Report on vaccination North-West Frontier Province 1904-1922 - 1904-1922
Year: 1904
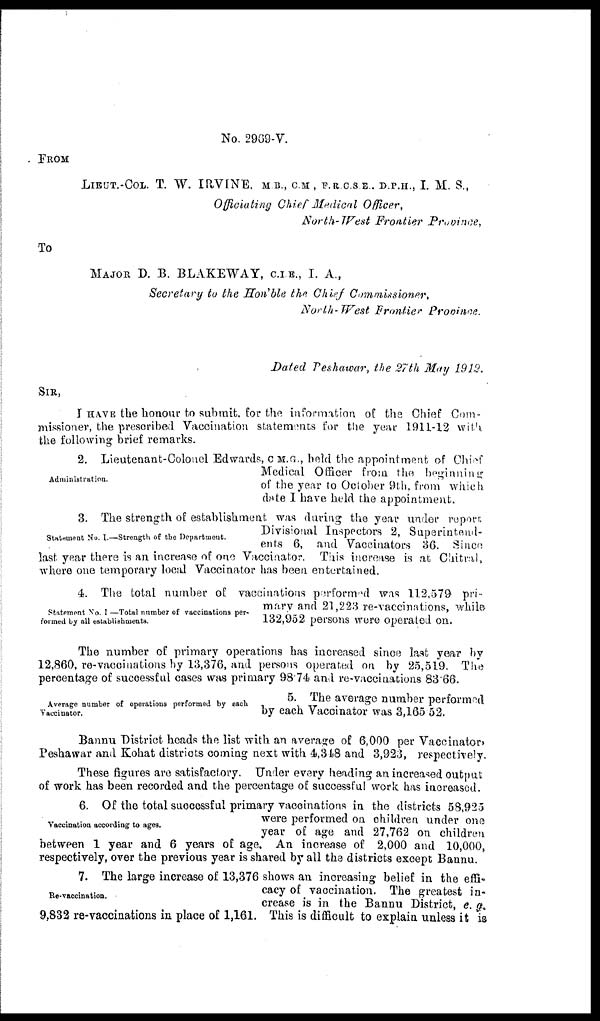
No. 2969-V.
FROM
LIEUT.-COL. T. W. IRVINE, M.B., C.M, F.R.C.S.E. D.P.H., I. M. S.,
Officiating Chief Medical Officer,
North-West Frontier Province,
To
MAJOR D. B. BLAKEWAY, C.I.E., I. A.,
Secretary to the Hon'ble the Chief Commissioner,
North-West Frontier Province.
Dated Peshawar, the 27th May 1912.
SIR,
I HAVE the honour to submit, for the information of the Chief Com-
missioner, the prescribed Vaccination statements for the year 1911-12 with
the following brief remarks.
Administration.
2. Lieutenant-Colonel Edwards, C.M.G., held the appointment of Chief
Medical Officer from the beginning
of the year to October 9th, from which
date I have held the appointment.
Statement No. I.—Strength of the Department.
3. The strength of establishment was during the year under report
Divisional Inspectors 2, Superintend-
ents 6, and Vaccinators 36. Since
last year there is an increase of one Vaccinator. This increase is at Chitral,
where one temporary local Vaccinator has been entertained.
Statement No. I —Total number of vaccinations per-
formed by all establishments.
4. The total number of vaccinations performed was 112,579 pri-
mary and 21,223 re-vaccinations, while
132,952 persons were operated on.
The number of primary operations has increased since last year by
12,860, re-vaccinations by 13,376, and persons operated on by 25,519. The
percentage of successful cases was primary 98.74 and re-vaccinations 83.66.
Average number of operations performed by each
Vaccinator.
5. The average number performed
by each Vaccinator was 3,165.52.
Bannu District heads the list with an average of 6,000 per Vaccinator,
Peshawar and Kohat districts coming next with 4,348 and 3,923, respectively.
These figures are satisfactory. Under every heading an increased output
of work has been recorded and the percentage of successful work has increased.
Vaccination according to ages.
6. Of the total successful primary vaccinations in the districts 58,925
were performed on children under one
year of age and 27,762 on children
between 1 year and 6 years of age. An increase of 2,000 and 10,000,
respectively, over the previous year is shared by all the districts except Bannu.
Re-vaccination.
7. The large increase of 13,376 shows an increasing belief in the effi-
cacy of vaccination. The greatest in-
crease is in the Bannu District, e. g.
9,832 re-vaccinations in place of 1,161. This is difficult to explain unless it is